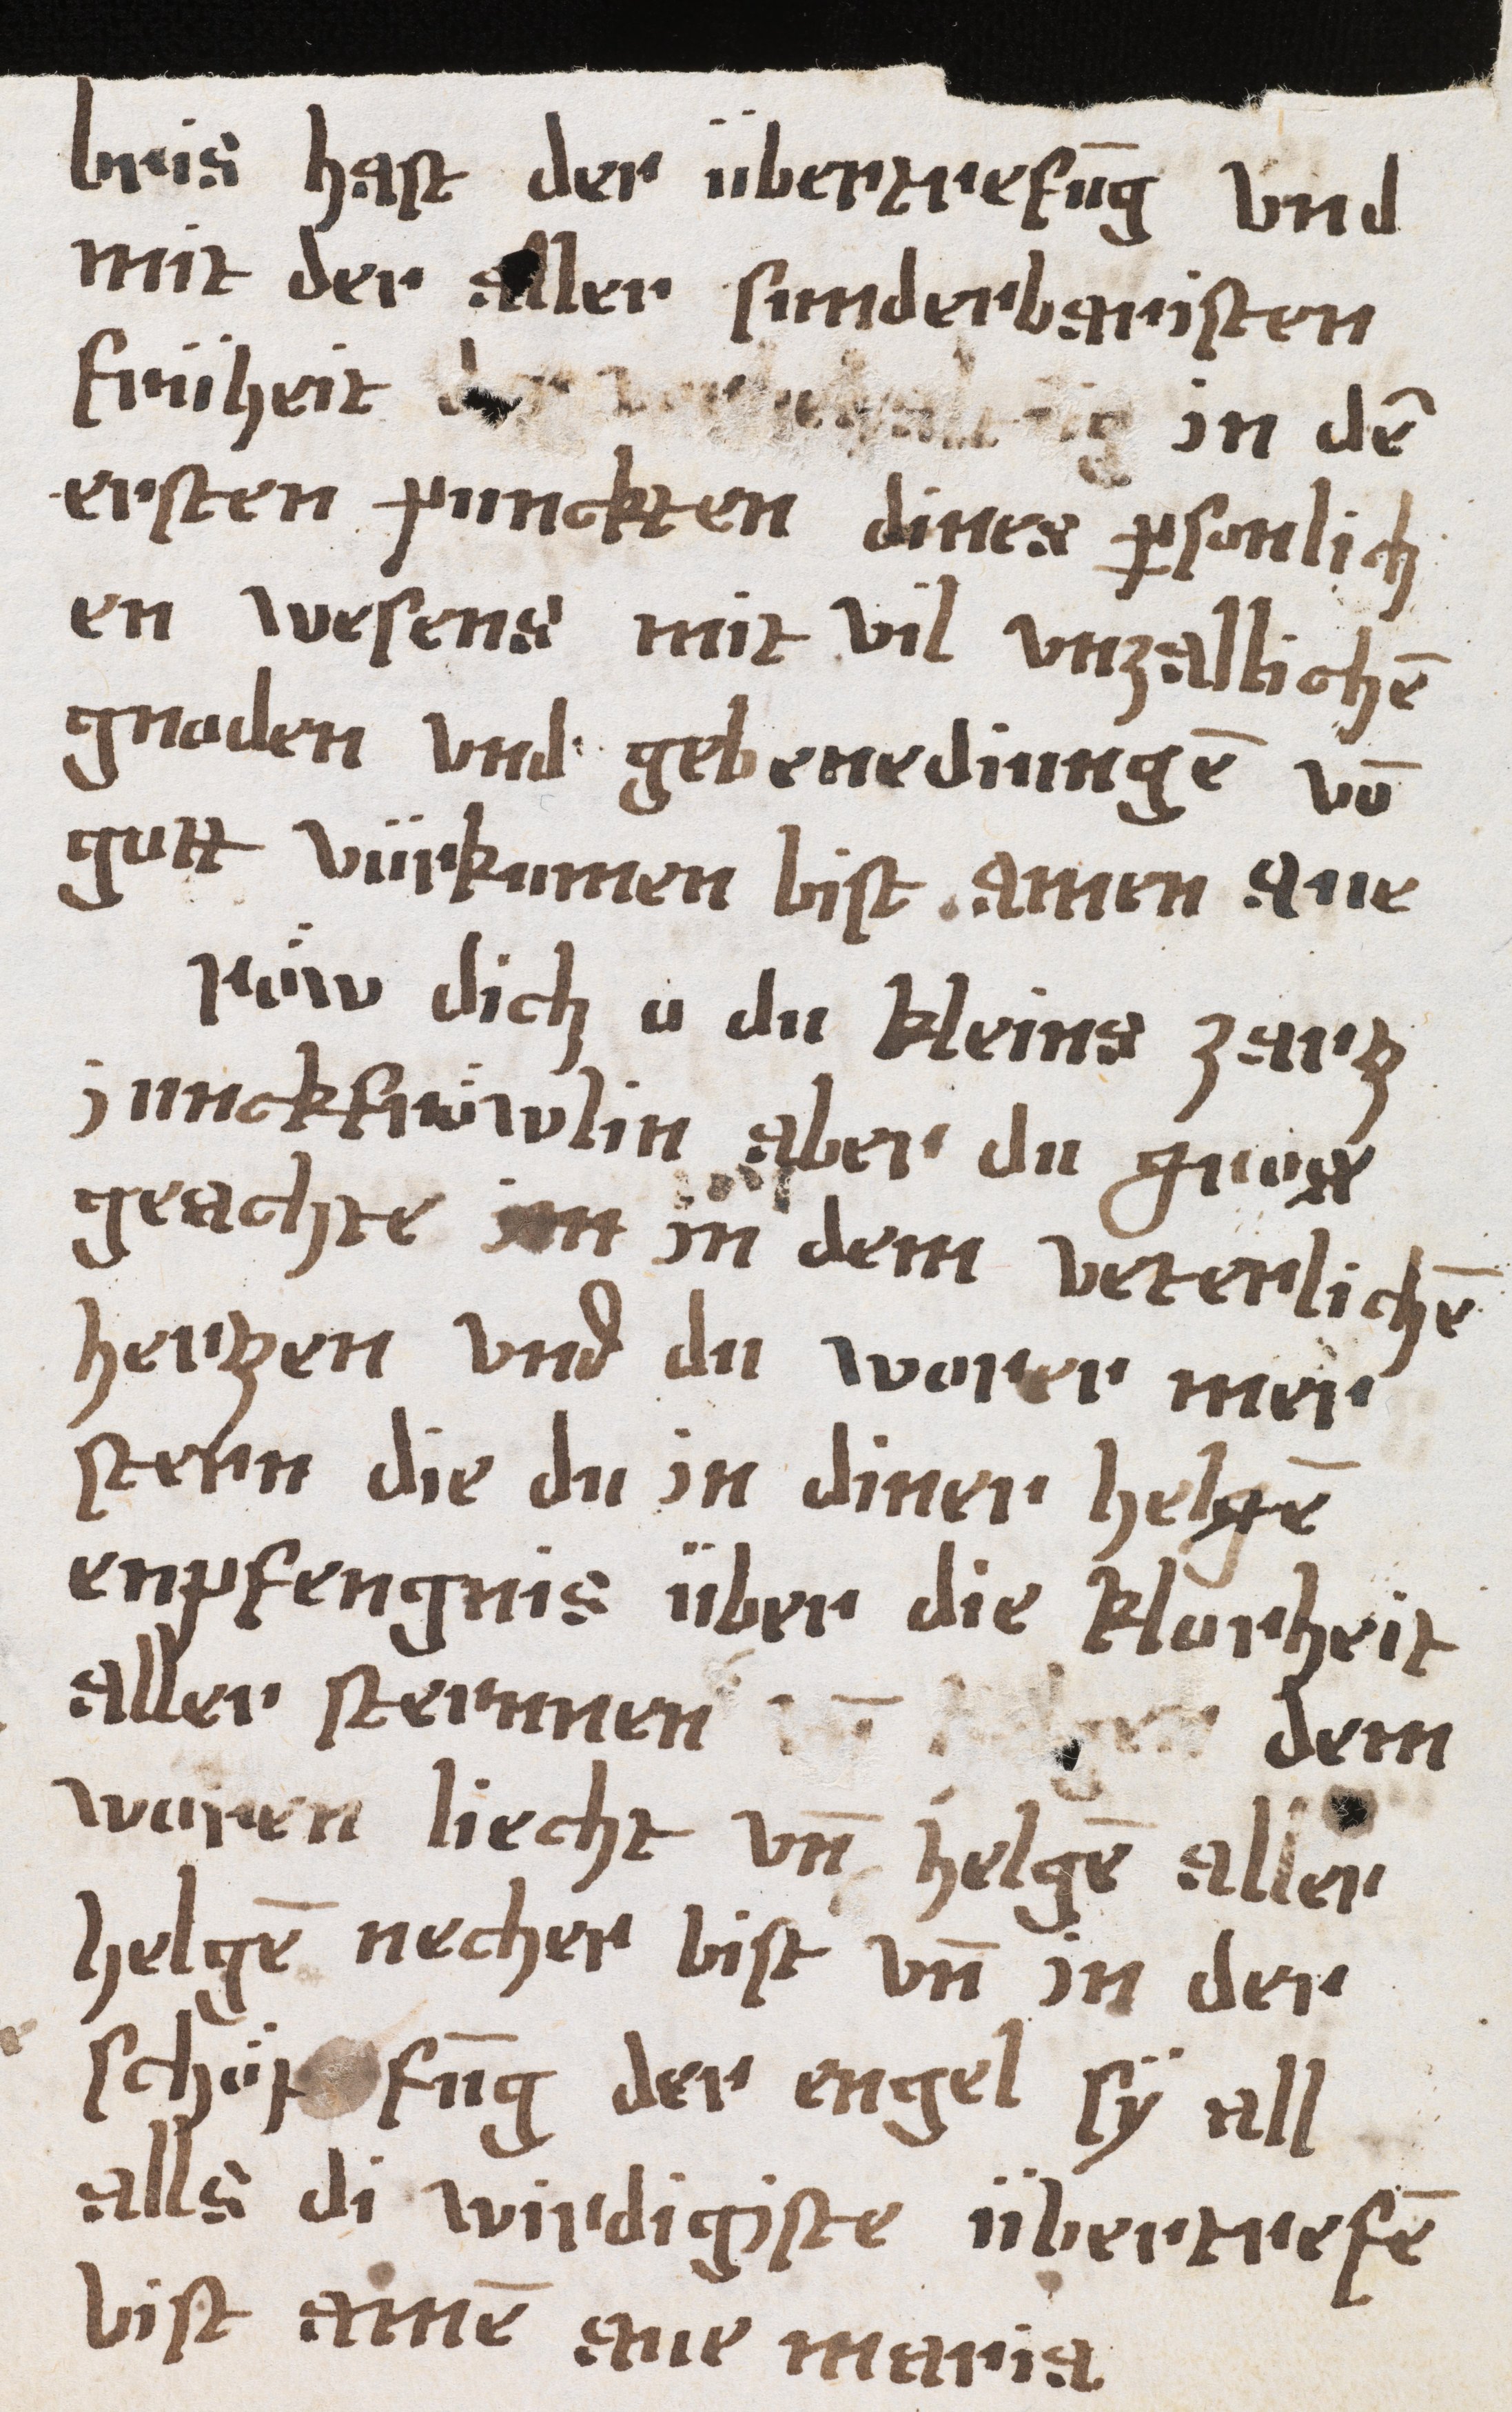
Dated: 1500–1524